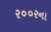
ર૦૦રના